Scottish Leaving Certificate Examination, 1961
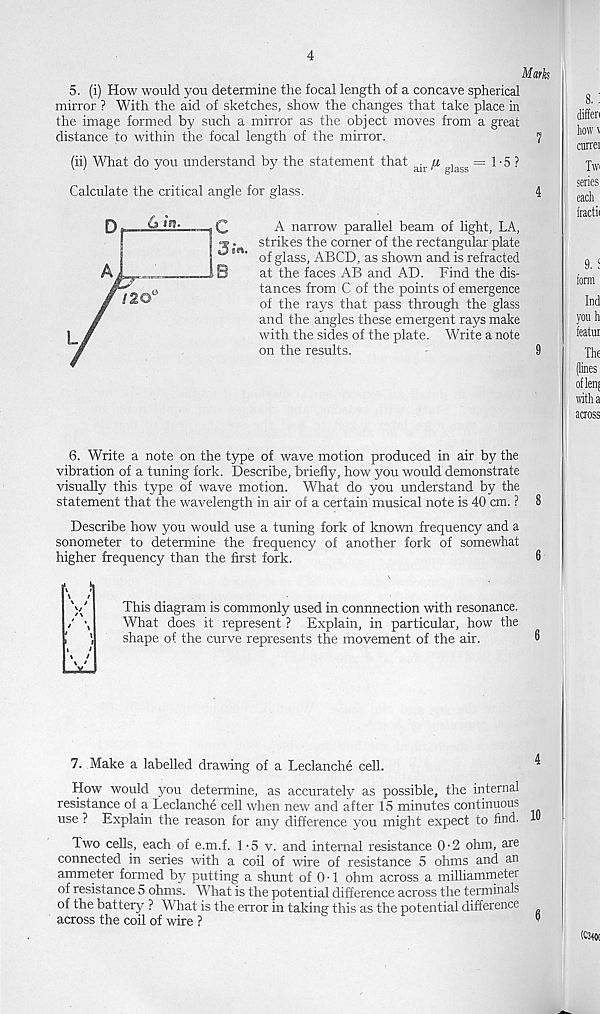
4
Mark
5. (i) How would you determine the focal length of a concave spherical
mirror ? With the aid of sketches, show the changes that take place in
the image formed by such a mirror as the object moves from a great
distance to within the focal length of the mirror.
7
(ii) What do you understand by the statement that air n glags = 1 • 5 ?
Calculate the critical angle for glass.
4
c
3«’«'
B
A narrow parallel beam of light, LA,
strikes the corner of the rectangular plate
of glass, ABCD, as shown and is refracted
at the faces AB and AD. Find the dis-
tances from C of the points of emergence
of the rays that pass through the glass
and the angles these emergent rays make
with the sides of the plate. Write a note
on the results.
9
6. Write a note on the type of wave motion produced in air by the
vibration of a tuning fork. Describe, briefly, how you would demonstrate
visually this type of wave motion. What do you understand by the
statement that the wavelength in air of a certain musical note is 40 cm. ? 8
Describe how you would use a tuning fork of known frequency and a
sonometer to determine the frequency of another fork of somewhat
higher frequency than the first fork.
8
This diagram is commonly used in connnection with resonance.
What does it represent ? Explain, in particular, how the
shape of the curve represents the movement of the air.
7. Make a labelled drawing of a Leclanche cell.
’
How would you determine, as accurately as possible, the internal
resistance of a Leclanche cell when new and after 15 minutes continuous
use ? Explain the reason for any difference you might expect to find. 10
Two cells, each of e.m.f. 1-5 v. and internal resistance 0-2 ohm, are
connected in series with a coil of wire of resistance 5 ohms and an
ammeter formed by putting a shunt of 0 • 1 ohm across a milliammeter
of resistance 5 ohms. What is the potential difference across the terminals
of the battery ? What is the error in taking this as the potential difference
across the coil of wire ?
B